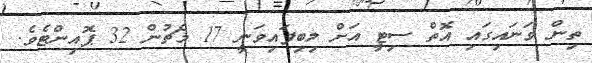
ތިން ވަނައިގައި އޮތް ސިޓީ އަށް ލިބިފައިވަނީ 17 މެޗުން 32 ޕޮއިންޓެވެ.